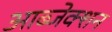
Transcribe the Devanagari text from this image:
आब्जेक्शन